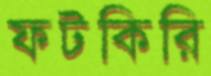
ফটকিরি